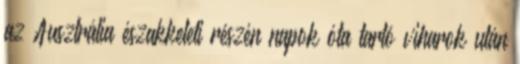
az Ausztrália északkeleti részén napok óta tartó viharok után